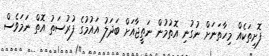
ފޮށިތަކެއް މިހާތަނަށް ނުގުނި އޮތުމުން ނަތީޖާއަށް ބަދަލު އައުމުގެ ފުރުސަތު އޮތް ނަމަވެސް